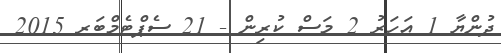
ދުންޔާ 1 އަހަރު 2 މަސް ކުރިން - 21 ސެޕްޓެމްބަރ 2015